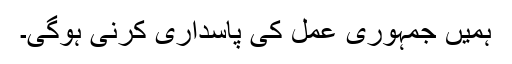
ہمیں جمہوری عمل کی پاسداری کرنی ہوگی۔